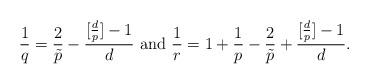
LaTeX: \begin{align*}\frac{1}{q} = \frac{2}{\tilde p}-\frac{[\frac{d}{p}]-1}{d}\ {\rm and}\ \frac{1}{r} = 1+ \frac{1}{p} - \frac{2}{\tilde p}+\frac{[\frac{d}{p}]-1}{d}.\end{align*}